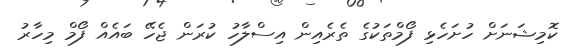
ކޮމިޝަނަށް ހުށަހެޅި ފޯމްތަކުގެ ތެރެއިން އިސްލާހު ކުރަން ޖެހޭ ބައެއް ފޯމް މިހާރު